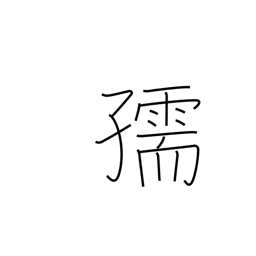
Meaning: child